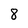
Character: 8